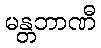
မန္တဘာဏီ